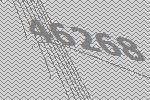
46268